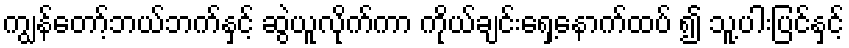
ကျွန်တော့်ဘယ်ဘက်နှင့် ဆွဲယူလိုက်ကာ ကိုယ်ချင်းရှေ့နောက်ထပ် ၍ သူ့ပါးပြင်နှင့်